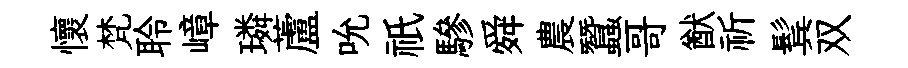
懷梵聆嶂璘蘆吮祇驂舜農蠶哥猷祈鬂双